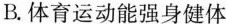
B.体育运动能强身健体